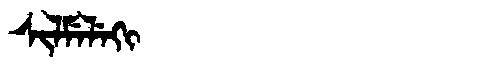
Manchu: ᠰᡳᠯᠮᡝᠯᡝᡴᡳ
Romanization: SILMELEKI